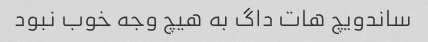
ساندویچ هات داگ به هیچ وجه خوب نبود